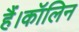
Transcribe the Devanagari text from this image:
हैं।कॉलिन